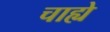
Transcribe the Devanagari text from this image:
चाह्ये